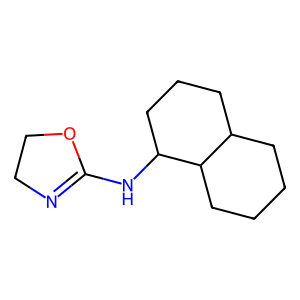
SMILES: C1CCC2C(C1)CCCC2NC1=NCCO1
Inhibits HIV replication: No